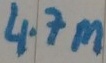
Text: 4.7M